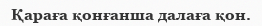
Қараға қонғанша далаға қон.